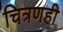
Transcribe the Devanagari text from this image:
चित्रणही